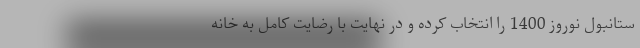
ستانبول نوروز 1400 را انتخاب کرده و در نهایت با رضایت کامل به خانه